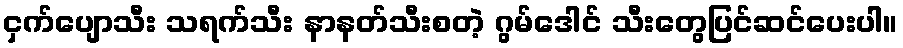
ငှက်ပျောသီး သရက်သီး နာနတ်သီးစတဲ့ ဂွမ်ဒေါင် သီးတွေပြင်ဆင်ပေးပါ။